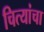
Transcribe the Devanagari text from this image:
चित्यांचा